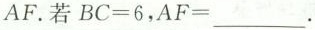
AF。若BC=6，AF=___.